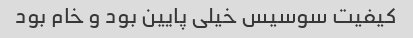
کیفیت سوسیس خیلی پایین بود و خام بود